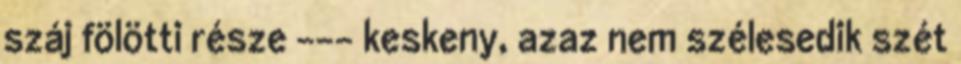
száj fölötti része --- keskeny, azaz nem szélesedik szét